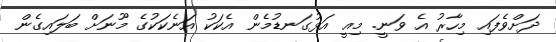
ދަށްވެފައި މިހާރު އެ ވަނީ. މިއީ އަޅުގަނޑުމެން އެކަކު އަނެކަކުގެ މޫނަށް ބަލައިގެން